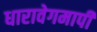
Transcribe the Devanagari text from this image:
धारावेगमापी